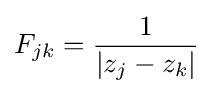
F_{jk}={\frac {1}{|z_{j}-z_{k}|}}